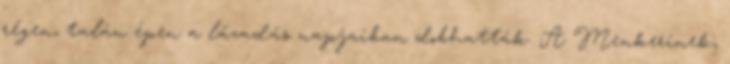
régen, talán épen a lázadás napjaiban dobhatták. A Menkerinek,